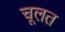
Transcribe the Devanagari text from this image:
चूलत